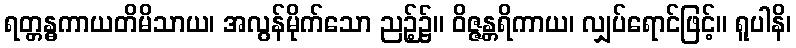
ရတ္တန္ဓကာယတိမိသာယ၊ အလွန်မိုက်သော ညဉ့်၌။ ဝိဇ္ဇန္တရိကာယ၊ လျှပ်ရောင်ဖြင့်။ ရူပါနိ၊